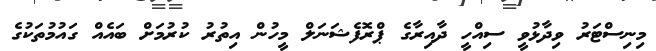
މިނިސްޓަރު ވިދާޅުވީ ސިއްހީ ދާއިރާގެ ޕްރޮފެޝަނަލް މީހުން އިތުރު ކުރުމަށް ބައެއް ގައުމުތަކުގެ